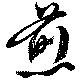
煎